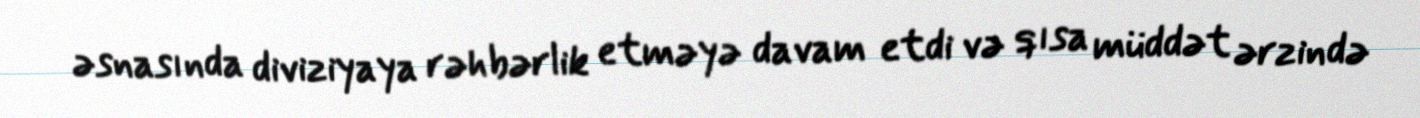
əsnasında diviziyaya rəhbərlik etməyə davam etdi və qısa müddət ərzində